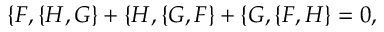
\{ F , \{ H , G \} + \{ H , \{ G , F \} + \{ G , \{ F , H \} = 0 ,